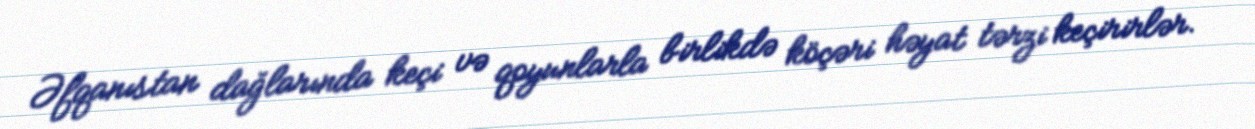
Əfqanıstan dağlarında keçi və qoyunlarla birlikdə köçəri həyat tərzi keçirirlər.